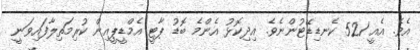
އެވެ. އެއީ 521 ކެނޑިޑޭޓުންނެވެ. އިދިކޮޅު އެންމެ ބޮޑު ޕާޓީ އެމްޑީޕީއިން ކުރިމަތިލާފައިވަނީ